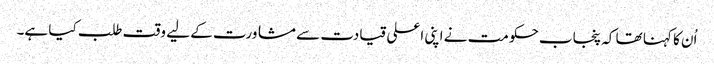
اُن کا کہنا تھا کہ پنجاب حکومت نے اپنی اعلی قیادت سے مشاورت کے لیے وقت طلب کیا ہے۔